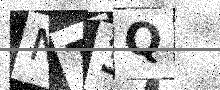
Text: NT3Q